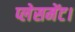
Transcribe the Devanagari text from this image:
प्लेसमेंट।